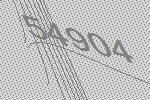
54904